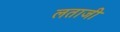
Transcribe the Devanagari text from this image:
लताजी